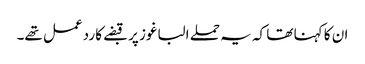
ان کا کہنا تھا کہ یہ حملے الباغوز پر قبضے کا ردعمل تھے۔